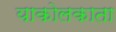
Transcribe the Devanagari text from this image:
याकोलकाता